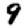
Digit: 9